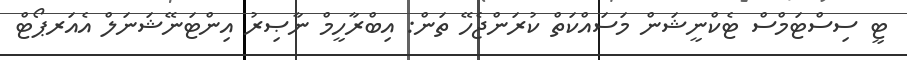
ޓީ ސިސްޓަމްސް ޓެކްނީޝަން މަސައްކަތް ކުރަންޖެހޭ ތަން: އިބްރާހީމް ނާޞިރު އިންޓަނޭޝަނަލް އެއަރޕޯޓް